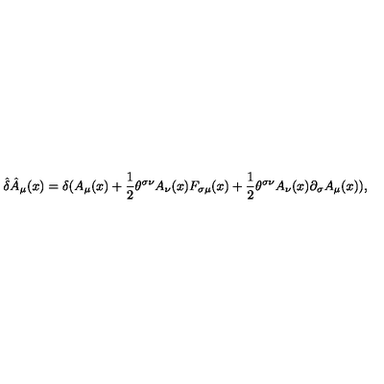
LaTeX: \hat { \delta } \hat { A } _ { \mu } ( x ) = \delta ( A _ { \mu } ( x ) + { \frac { 1 } { 2 } } \theta ^ { \sigma \nu } A _ { \nu } ( x ) F _ { \sigma \mu } ( x ) + { \frac { 1 } { 2 } } \theta ^ { \sigma \nu } A _ { \nu } ( x ) \partial _ { \sigma } A _ { \mu } ( x ) ) ,